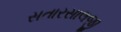
સતારસાલજી